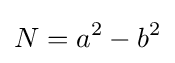
N=a^{2}-b^{2}